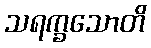
သရက္ခသောတိ